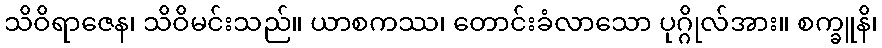
သိဝိရာဇေန၊ သိဝိမင်းသည်။ ယာစကဿ၊ တောင်းခံလာသော ပုဂ္ဂိုလ်အား။ စက္ခူနိ၊